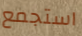
استجمع